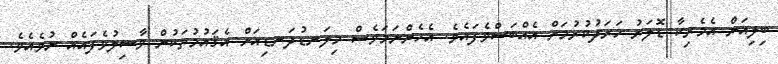
ބިލިއަން އެމެރިކާ ޑޮލަރު ޚަރަދުކުރުމަށް އެއްބަސްވެފައެވެ. އެހެންނަމަވެސް މިލަނޑުދަނޑިއަށް އެޤައުމުތަކުން ވާސިލުވެފައެއް ނުވެއެވެ.